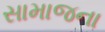
સામાજના